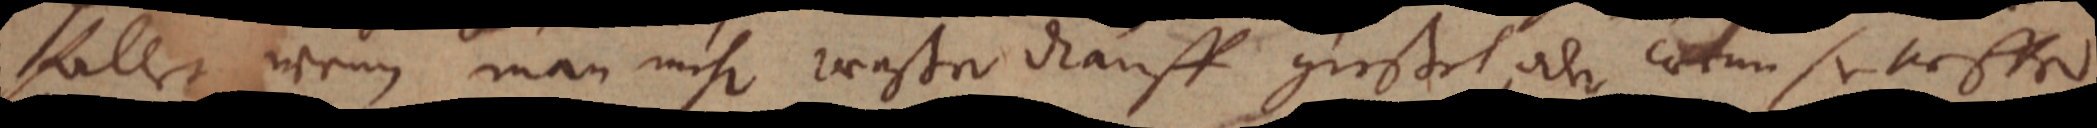
fallet, wenn man mehr wasser drauff giesset, oder wenn sie tieffer.